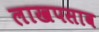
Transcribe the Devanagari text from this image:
लाखपसाव